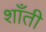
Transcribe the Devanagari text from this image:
शाँती